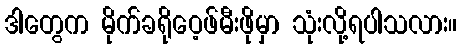
ဒါတွေက မိုက်ခရိုဝေ့ဖ်မီးဖိုမှာ သုံးလို့ရပါသလား။